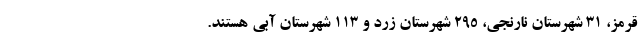
قرمز، ۳۱ شهرستان نارنجی، ۲۹۵ شهرستان زرد و ۱۱۳ شهرستان آبی هستند.